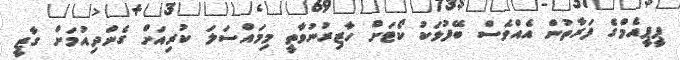
ޕީޕީއެމްގެ ފަރާތުން އެއްވެސް ބޭފުޅަކު ކޯޓަށް ހާޒިރުނުވާތީ މިމައްސަލަ ކުރިއަށް ގެންދިއުމަށް ގާޒީ